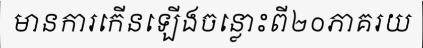
មានការកើនឡើងចន្លោះពី២០ភាគរយ